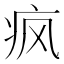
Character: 疯